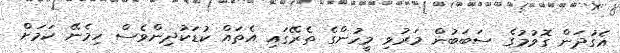
އެގުދަން ގޮވުމުގެ ސަބަބުން މަރުވި މީހުންގެ ތެރޭގައި އެތައް ކުޑަކުދިންވެސް ހިމެނޭ ކަމަށް